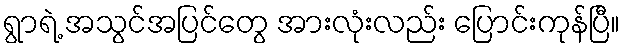
ရွာရဲ့ အသွင်အပြင်တွေ အားလုံးလည်း ပြောင်းကုန်ပြီ။